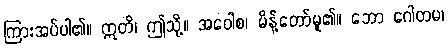
ကြားအပ်ပါ၏။ ဣတိ၊ ဤသို့။ အဝေါစ၊ မိန့်တော်မူ၏။ ဘော ဂေါတမ၊